Vaccine operations Central Provinces 1868-1885 - 1868-1885
Year: 1868
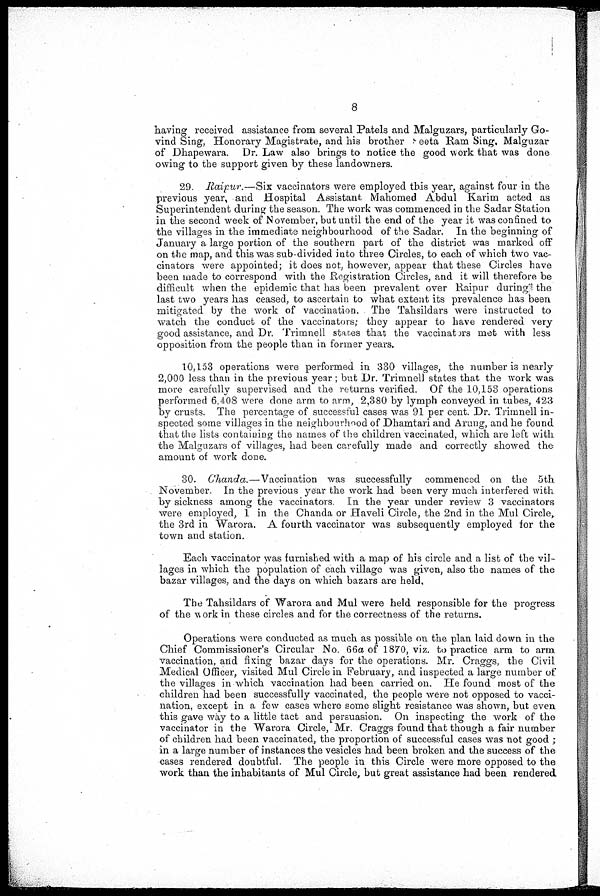
8
having received assistance from several Patels and Malguzars, particularly Go-
vind Sing, Honorary Magistrate, and his brother Seeta Ram Sing. Malguzar
of Dhapewara. Dr. Law also brings to notice the good work that was done
owing to the support given by these landowners.
29. Raipur.—Six vaccinators were employed this year, against four in the
previous year, and Hospital Assistant Mahomed Abdul Karim acted as
Superintendent during the season. The work was commenced in the Sadar Station
in the second week of November, but until the end of the year it was confined to
the villages in the immediate neighbourhood of the Sadar. In the beginning of
January a large portion of the southern part of the district was marked off
on the map, and this was sub-divided into three Circles, to each of which two vac-
cinators were appointed; it does not, however, appear that these Circles have
been made to correspond with the Registration Circles, and it will therefore be
difficult when the epidemic that has been prevalent over Raipur during! the
last two years has ceased, to ascertain to what extent its prevalence has been
mitigated by the work of vaccination. The Tahsildars were instructed to
watch the conduct of the vaccinators; they appear to have rendered very
good assistance, and Dr. Trimnell states that the vaccinators met with less
opposition from the people than in former years.
10,153 operations were performed in 330 villages, the number is nearly
2,000 less than in the previous year ; but Dr. Trimnell states that the work was
more carefully supervised and the returns verified. Of the 10,153 operations
performed 6,408 were done arm to arm, 2,380 by lymph conveyed in tubes, 423
by crusts. The percentage of successful cases was 91 per cent. Dr. Trimnell in-
spected some villages in the neighbourhood of Dhamtari and Arung, and he found
that the lists containing the names of the children vaccinated, which are left with
the Malguzars of villages, had been carefully made and correctly showed the
amount of work done.
30. Chanda.—Vaccination was successfully commenced on the 5th
November. In the previous year the work had been very much interfered with
by sickness among the vaccinators. In the year under review 3 vaccinators
were employed, 1 in the Chanda or Haveli Circle, the 2nd in the Mul Circle,
the 3rd in Warora. A fourth vaccinator was subsequently employed for the
town and station.
Each vaccinator was furnished with a map of his circle and a list of the vil-
lages in which the population of each village was given, also the names of the
bazar villages, and the days on which bazars are held.
The Tahsildars of Warora and Mul were held responsible for the progress
of the work in these circles and for the correctness of the returns.
Operations were conducted as much as possible on the plan laid down in the
Chief Commissioner's Circular No. 66a of 1870, viz. to practice arm to arm
vaccination, and fixing bazar days for the operations. Mr. Craggs, the Civil
Medical Officer, visited Mul Circle in February, and inspected a large number of
the villages in which vaccination had been carried on. He found most of the
children had been successfully vaccinated, the people were not opposed to vacci-
nation, except in a few cases where some slight resistance was shown, but even
this gave way to a little tact and persuasion. On inspecting the work of the
vaccinator in the Warora Circle, Mr. Craggs found that though a fair number
of children had been vaccinated, the proportion of successful cases was not good ;
in a large number of instances the vesicles had been broken and the success of the
cases rendered doubtful. The people in this Circle were more opposed to the
work than the inhabitants of Mul Circle, but great assistance had been rendered